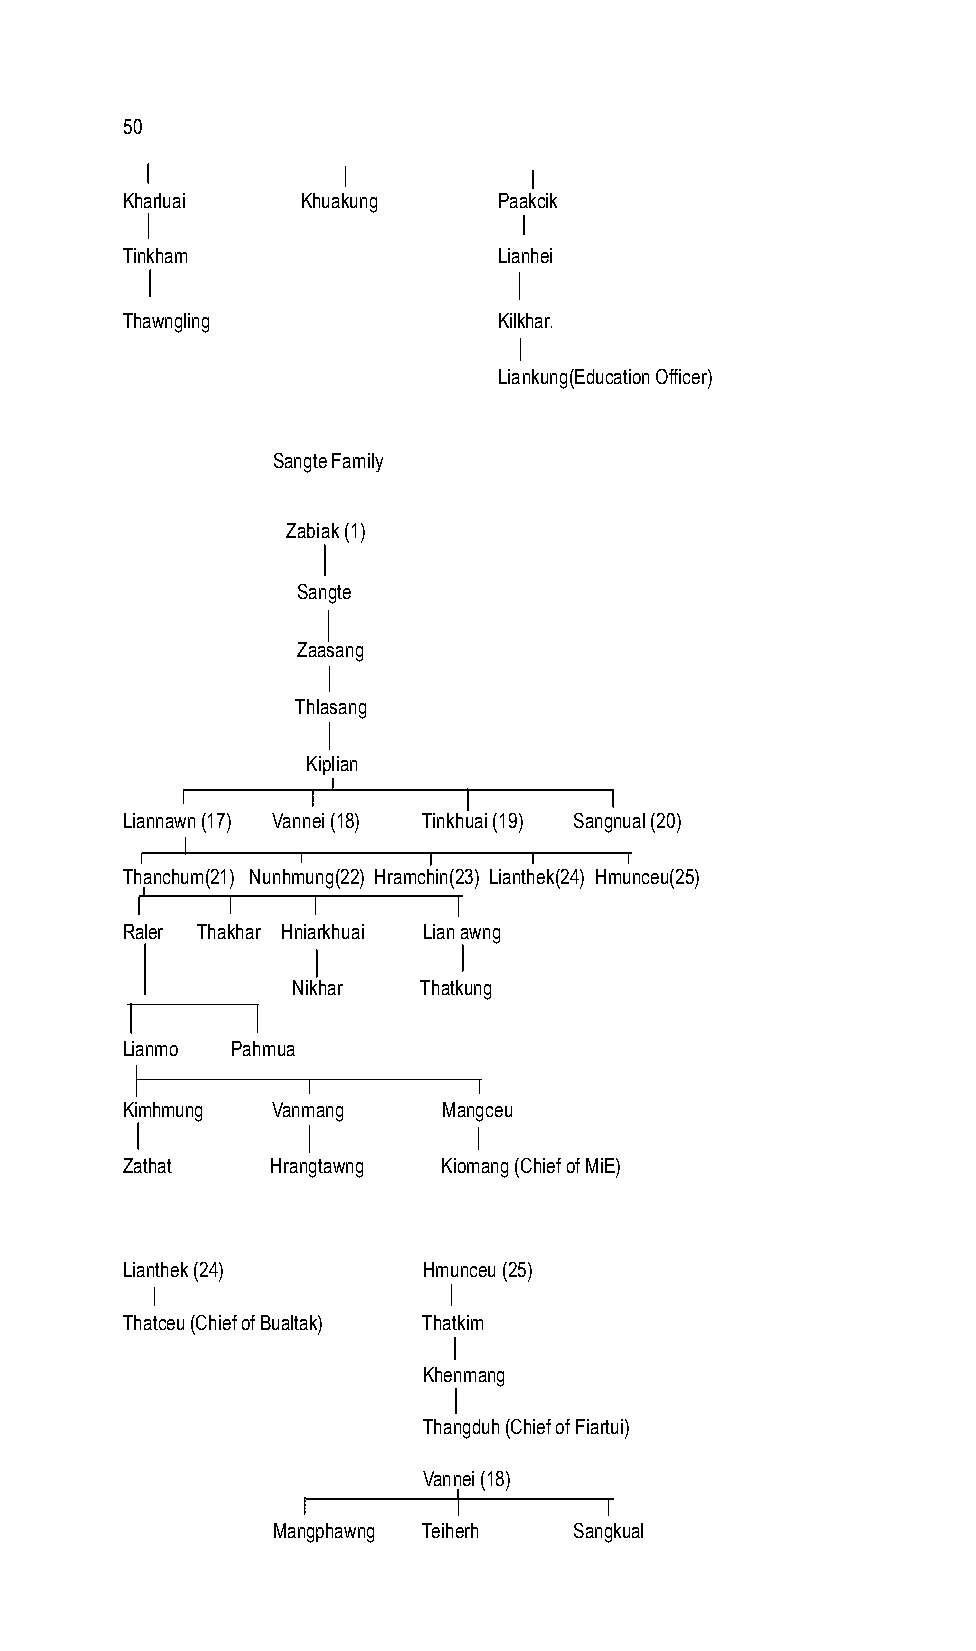
50
 Kharluai    Khuakung     Paakcik
 Tinkham                  Lianhei
 Thawngling               Kilkhar.
 Liankung(Education Officer)
 Sangte Family
 Zabiak (1)
 Sangte
 Zaasang
 Thlasang
 Kiplian
 Liannawn (17) Vannei (18) Tinkhuai (19) Sangnual (20)
 Thanchum(21) Nunhmung(22) Hramchin(23) Lianthek(24) Hmunceu(25)
 Raler Thakhar Hniarkhuai Lian awng
 Nikhar   Thatkung
 Lianmo Pahmua
 Kimhmung  Vanmang    Mangceu
 Zathat    Hrangtawng Kiomang (Chief of MiE)
 Lianthek (24)       Hmunceu (25)
 Thatceu (Chief of Bualtak) Thatkim
 Khenmang
 Thangduh (Chief of Fiartui)
 Vannei (18)
 Mangphawng Teiherh  Sangkual